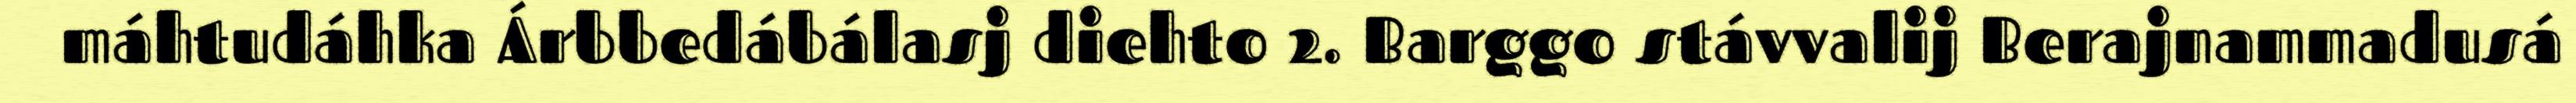
máhtudáhka Árbbedábálasj diehto 2. Barggo stávvalij Berajnammadusá